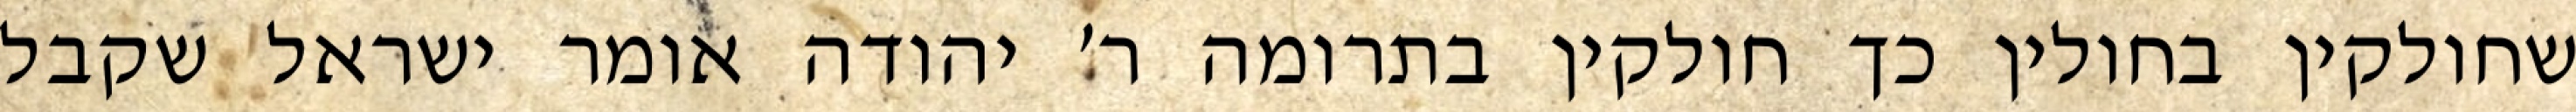
שחולקין בחולין כך חולקין בתרומה ר׳ יהודה אומר ישראל שקבל